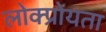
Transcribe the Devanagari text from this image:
लोक्प्रोयता